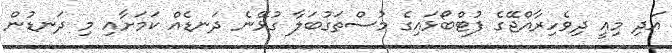
އަދި މިއީ ދިވެހިރާއްޖޭގެ ފުޓްބޯޅައިގެ މުސްތަގުބަލާ ގުޅޭނެ ދަނޑެއް ކަމަށާއި މި ދަނޑުން